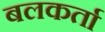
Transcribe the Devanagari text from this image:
बलकर्ता